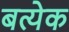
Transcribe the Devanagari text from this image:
बत्येक